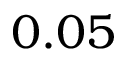
0 . 0 5